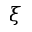
\xi